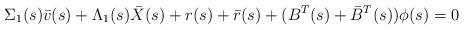
LaTeX: \begin{align*}\Sigma_1(s)\bar v(s) + \Lambda_1(s)\bar X(s)+ r(s) + \bar r(s) + (B^T(s)+\bar{B}^T(s))\phi(s) = 0\end{align*}